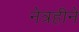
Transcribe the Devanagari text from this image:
नेत्रहीने